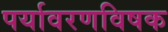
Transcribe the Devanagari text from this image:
पर्यावरणविषक